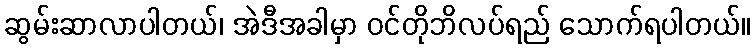
ဆွမ်းဆာလာပါတယ်၊ အဲဒီအခါမှာ ဝင်တိုဘိလပ်ရည် သောက်ရပါတယ်။